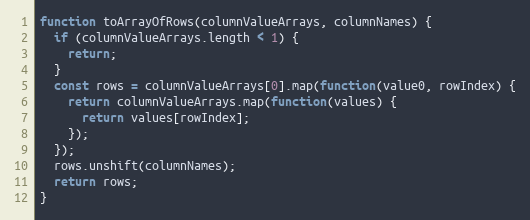
Language: JavaScript
function toArrayOfRows(columnValueArrays, columnNames) {
  if (columnValueArrays.length < 1) {
    return;
  }
  const rows = columnValueArrays[0].map(function(value0, rowIndex) {
    return columnValueArrays.map(function(values) {
      return values[rowIndex];
    });
  });
  rows.unshift(columnNames);
  return rows;
}